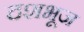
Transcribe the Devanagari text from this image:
दशभूज